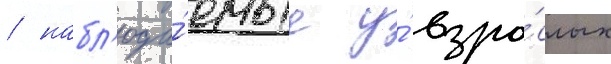
/ набл'юда́емые у́ взро́слых